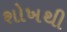
શોખથી